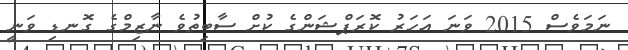
ނަމަވެސް 2015 ވަނަ އަހަރު ކޮރަޕްޝަންގެ ކުށް ސާބިތުވެ ނާޒިމްގެ ގޮނޑި ވަނީ